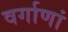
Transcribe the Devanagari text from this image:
वर्गाणां